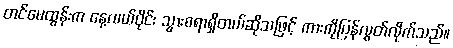
တင်မေထွန်းက နေ့လယ်ပိုင်း သွားစရာရှိတယ်ဆိုသဖြင့် ကားကိုပြန်လွှတ်လိုက်သည်။